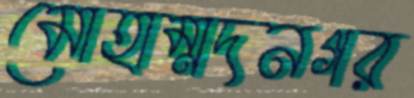
মোহাম্মদনগর